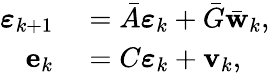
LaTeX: \begin{array}{rl}{\boldsymbol{\varepsilon}_{k+1}}&{{}=\bar{A}\boldsymbol{\varepsilon}_{k}+\bar{G}\bar{\mathbf{w}}_{k},}\\ {\mathbf{e}_{k}}&{{}=C\boldsymbol{\varepsilon}_{k}+\mathbf{v}_{k},}\end{array}